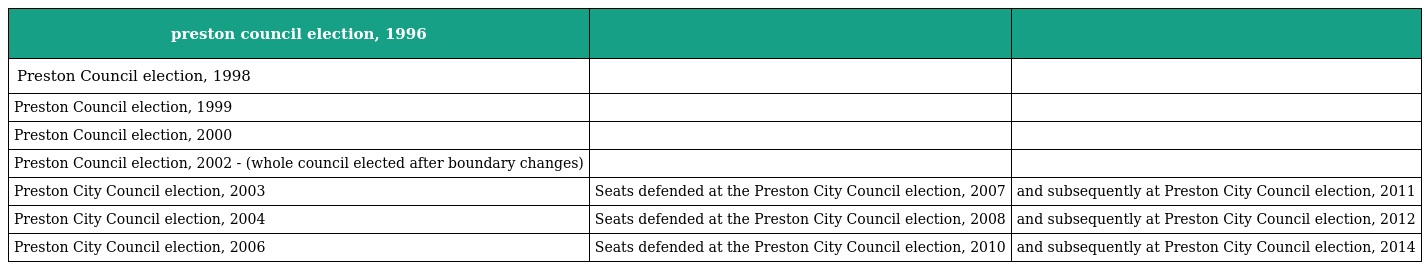
| preston council election, 1996 |  |  |
 | --- | --- | --- |
 | Preston Council election, 1998 |  |  |
 | Preston Council election, 1999 |  |  |
 | Preston Council election, 2000 |  |  |
 | Preston Council election, 2002 - (whole council elected after boundary changes) |  |  |
 | Preston City Council election, 2003 | Seats defended at the Preston City Council election, 2007 | and subsequently at Preston City Council election, 2011 |
 | Preston City Council election, 2004 | Seats defended at the Preston City Council election, 2008 | and subsequently at Preston City Council election, 2012 |
 | Preston City Council election, 2006 | Seats defended at the Preston City Council election, 2010 | and subsequently at Preston City Council election, 2014 |